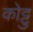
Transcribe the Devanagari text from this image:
कोट्टु